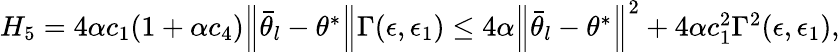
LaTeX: \begin{array}{r}{H_{5}=4\alpha c_{1}(1+\alpha c_{4})\Big\lVert\bar{\theta}_{l}-\theta^{*}\Big\rVert\Gamma(\epsilon,\epsilon_{1})\le 4\alpha\Big\lVert\bar{\theta}_{l}-\theta^{*}\Big\rVert^{2}+4\alpha c_{1}^{2}\Gamma^{2}(\epsilon,\epsilon_{1}),}\end{array}